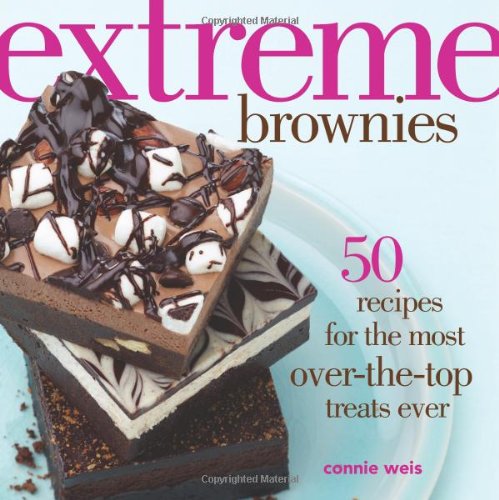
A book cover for Extreme Brownies: 50 Recipes for the Most Over-the-Top Treats Ever; Connie Weis; Cookbooks, Food & Wine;